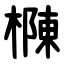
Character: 樄